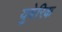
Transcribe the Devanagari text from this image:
युबेरिक